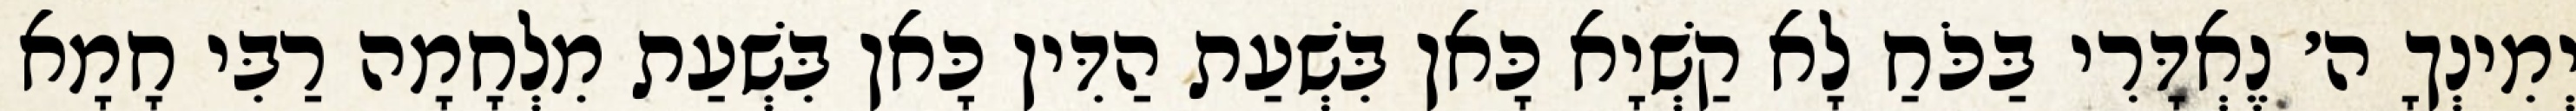
יְמִינְךָ ה׳ נֶאְדָּרִי בַּכֹּחַ לָא קַשְׁיָא כָּאן בִּשְׁעַת הַדִּין כָּאן בִּשְׁעַת מִלְחָמָה רַבִּי חָמָא